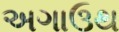
અગાઉથ